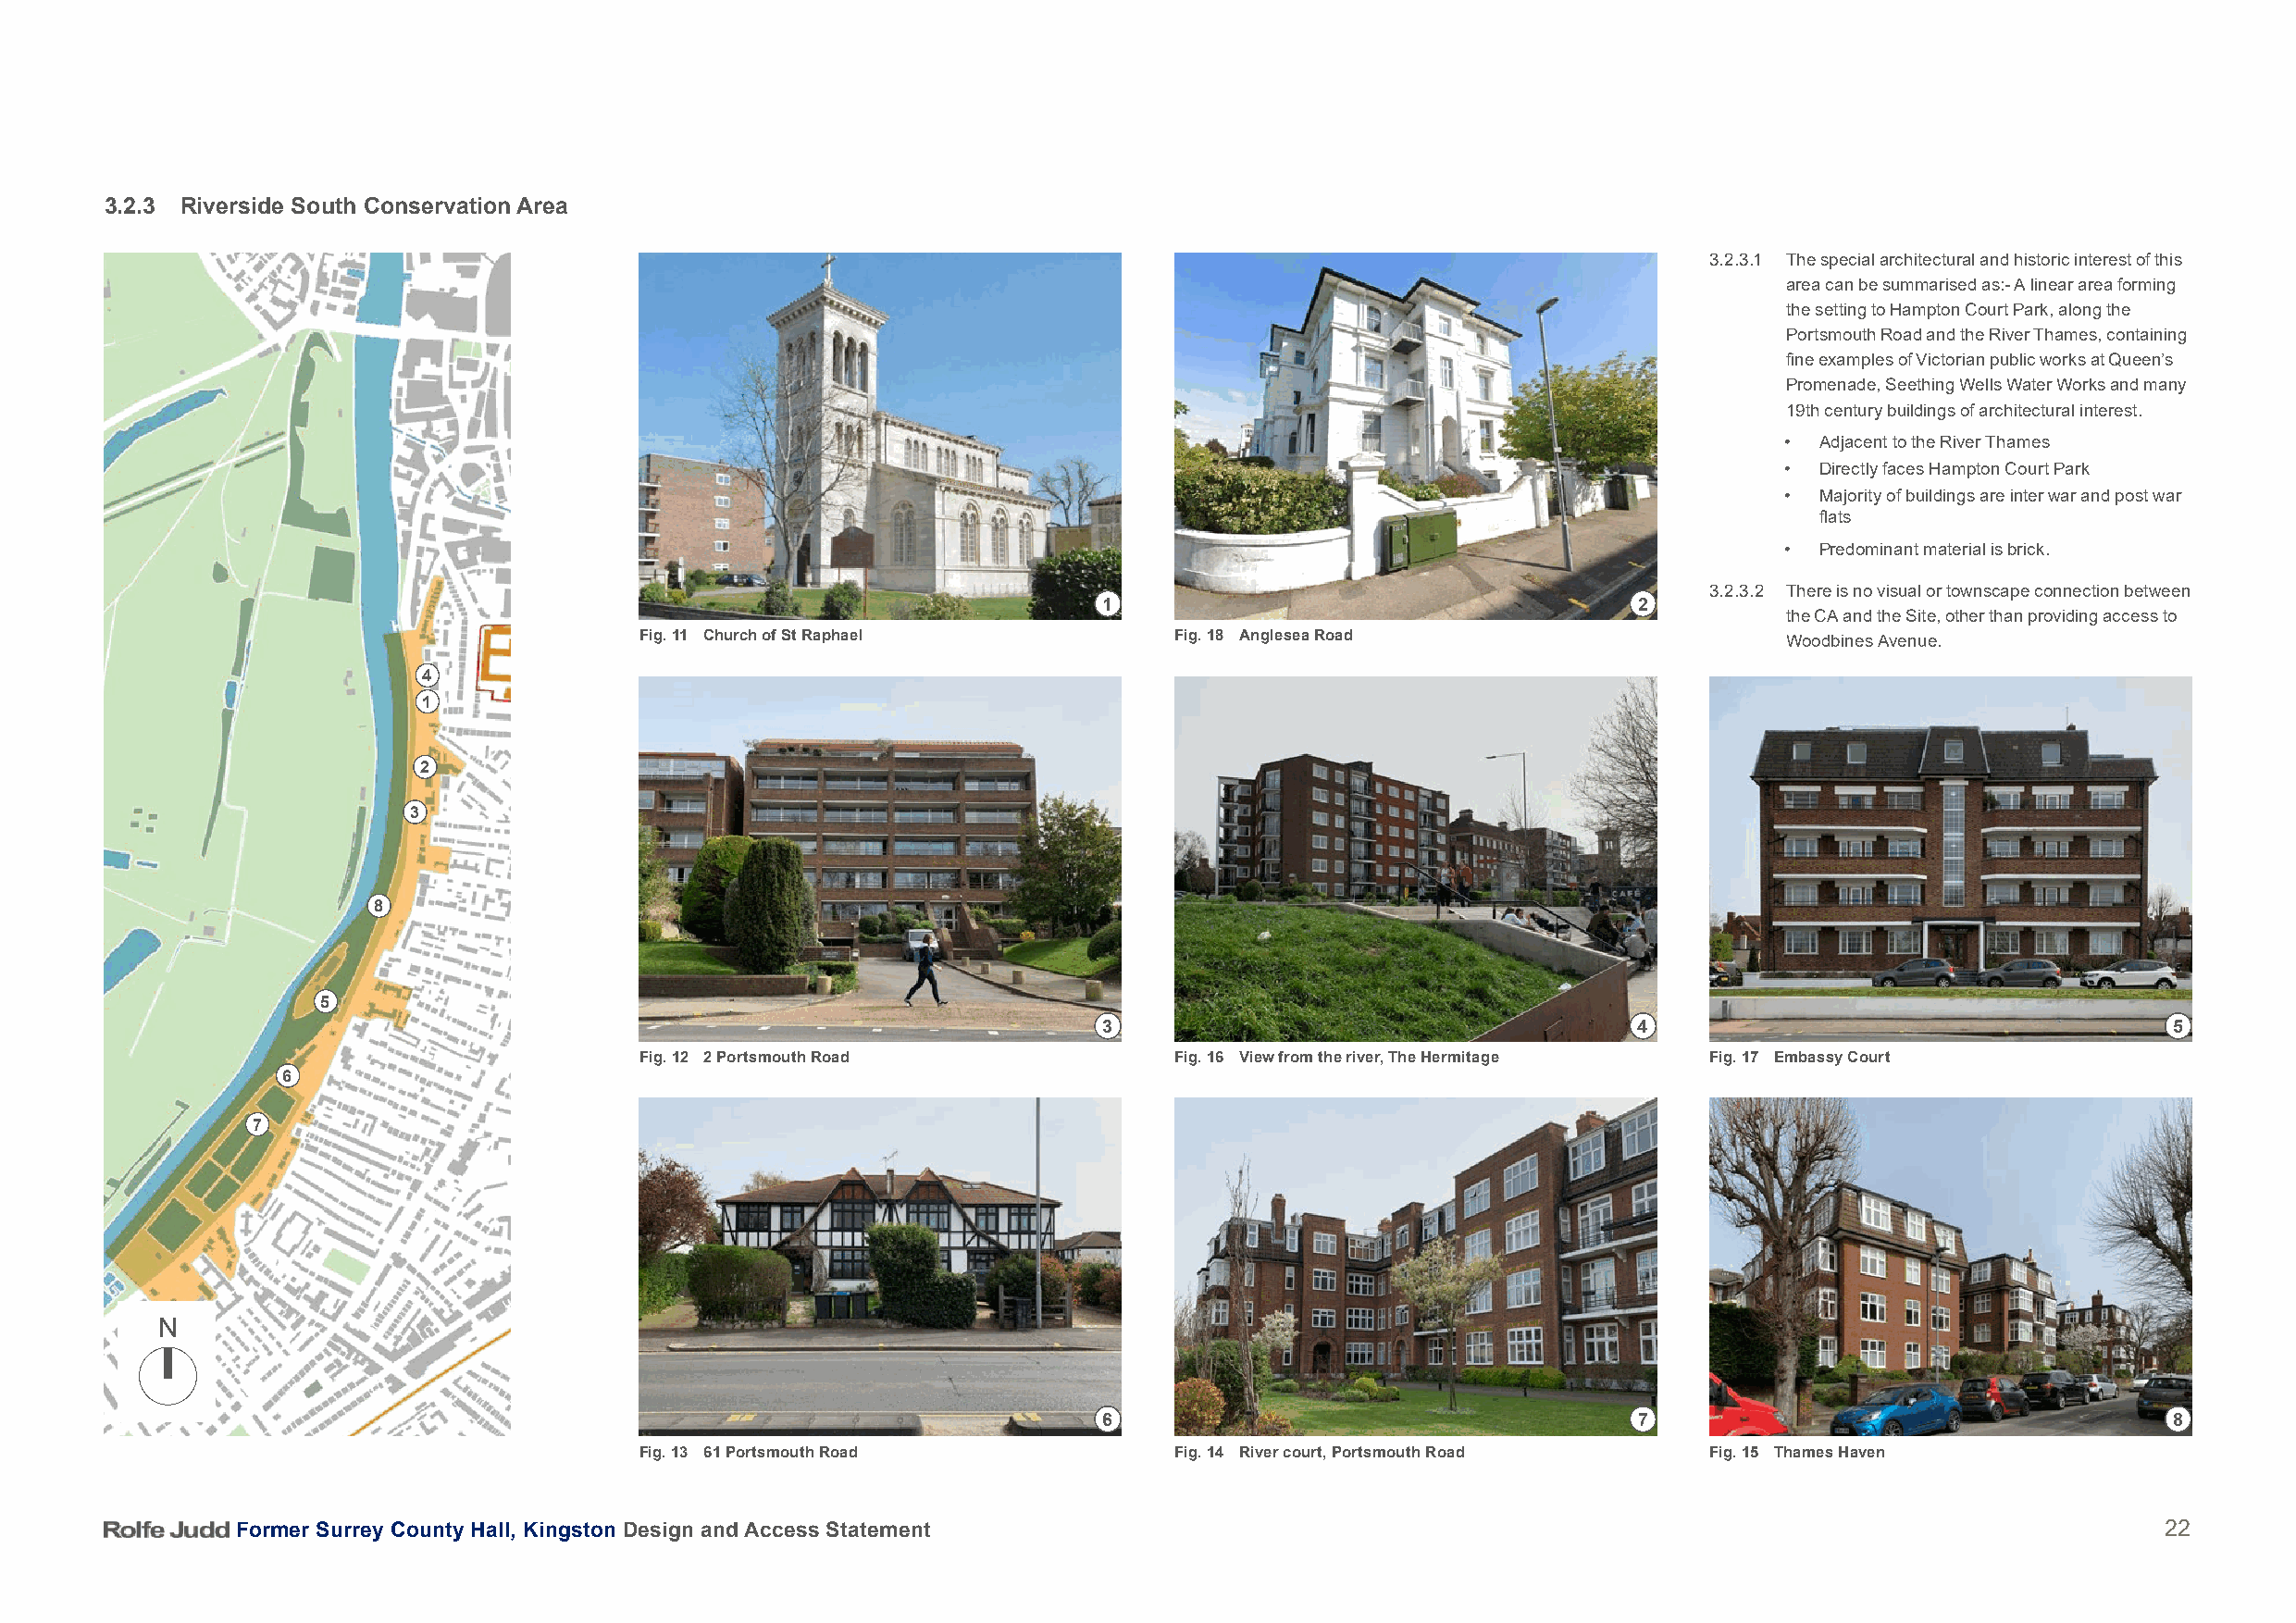
3.2.3 Riverside South Conservation Area
 3.2.3.1 The special architectural and historic interest of this
 area can be summarised as:- A linear area forming
 the setting to Hampton Court Park, along the
 Portsmouth Road and the River Thames, containing
 fine examples of Victorian public works at Queen’s
 Promenade, Seething Wells Water Works and many
 19th century buildings of architectural interest.
 • Adjacent to the River Thames
 • Directly faces Hampton Court Park
 • Majority of buildings are inter war and post war
 flats
 • Predominant material is brick.
 3.2.3.2 There is no visual or townscape connection between
 1                                     2
 the CA and the Site, other than providing access to
 Fig. 11 Church of St Raphael          Fig. 18 Anglesea Road                       Woodbines Avenue.
 4
 1
 2
 3
 8
 5
 3                                     4                                     5
 Fig. 12 2 Portsmouth Road             Fig. 16 View from the river, The Hermitage Fig. 17 Embassy Court
 6
 7
 N
 6                                     7                                     8
 Fig. 13 61 Portsmouth Road            Fig. 14 River court, Portsmouth Road  Fig. 15 Thames Haven
 Former Surrey County Hall, Kingston Design and Access Statement                                                                           22